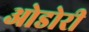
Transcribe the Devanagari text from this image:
ओडोरी